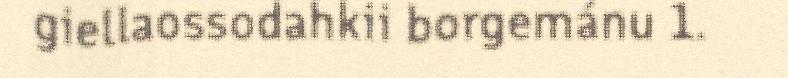
giellaossodahkii borgemánu 1.